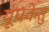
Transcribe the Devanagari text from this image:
यूपकेतु